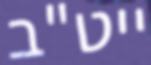
ייט"ב